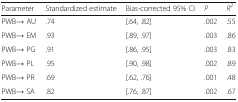
| Parameter | Standardized estimate | Bias-corrected 95% CI | P | R2 |
 | --- | --- | --- | --- | --- |
 | PWB→ AU | .74 | [.64, .82] | .002 | .55 |
 | PWB→ EM | .93 | [.89, .97] | .003 | .86 |
 | PWB→ PG | .91 | [.86, .95] | .003 | .83 |
 | PWB→ PL | .95 | [.90, .98] | .002 | .89 |
 | PWB→ PR | .69 | [.62, .76] | .001 | .48 |
 | PWB→ SA | .82 | [.76, .87] | .002 | .67 |